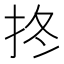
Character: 𢫝